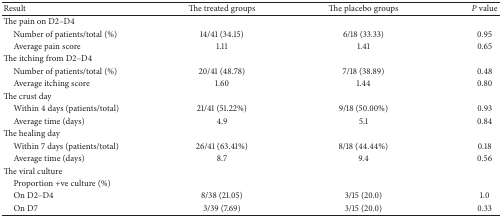
| Result | The treated groups | The placebo groups | P value |
 | --- | --- | --- | --- |
 | The pain on D2–D4 |  |  |  |
 | Number of patients/total (%) | 14/41 (34.15) | 6/18 (33.33) | 0.95 |
 | Average pain score | 1.11 | 1.41 | 0.65 |
 | The itching from D2–D4 |  |  |  |
 | Number of patients/total (%) | 20/41 (48.78) | 7/18 (38.89) | 0.48 |
 | Average itching score | 1.60 | 1.44 | 0.80 |
 | The crust day |  |  |  |
 | Within 4 days (patients/total) | 21/41 (51.22%) | 9/18 (50.00%) | 0.93 |
 | Average time (days) | 4.9 | 5.1 | 0.84 |
 | The healing day |  |  |  |
 | Within 7 days (patients/total) | 26/41 (63.41%) | 8/18 (44.44%) | 0.18 |
 | Average time (days) | 8.7 | 9.4 | 0.56 |
 | The viral culture |  |  |  |
 | Proportion +ve culture (%) |  |  |  |
 | On D2–D4 | 8/38 (21.05) | 3/15 (20.0) | 1.0 |
 | On D7 | 3/39 (7.69) | 3/15 (20.0) | 0.33 |